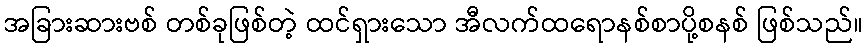
အခြားဆားဗစ် တစ်ခုဖြစ်တဲ့ ထင်ရှားသော အီလက်ထရောနစ်စာပို့စနစ် ဖြစ်သည်။